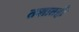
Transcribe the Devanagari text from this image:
तशातही